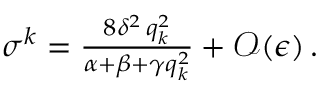
\begin{array} { r } { \sigma ^ { k } = \frac { 8 \delta ^ { 2 } \, q _ { k } ^ { 2 } } { \alpha + \beta + \gamma q _ { k } ^ { 2 } } + \mathcal { O } ( \epsilon ) \, . } \end{array}